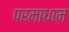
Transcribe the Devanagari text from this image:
परमाधाम